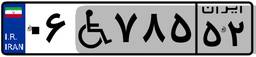
۹۷W۴۴۲۶۰